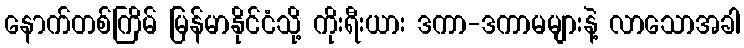
နောက်တစ်ကြိမ် မြန်မာနိုင်ငံသို့ ကိုးရီးယား ဒကာ-ဒကာမများနဲ့ လာသောအခါ